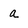
Character: a